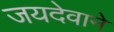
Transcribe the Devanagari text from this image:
जयदेवाने